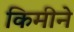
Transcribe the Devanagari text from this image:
किमीने